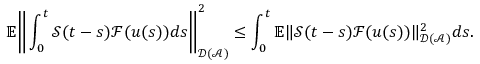
\mathbb { E } \Bigg \Vert \int _ { 0 } ^ { t } \mathcal { S } ( t - s ) \mathcal { F } ( u ( s ) ) d s \Bigg \Vert _ { \mathcal { D } ( \mathcal { A } ) } ^ { 2 } \leq \int _ { 0 } ^ { t } \mathbb { E } \Vert \mathcal { S } ( t - s ) \mathcal { F } ( u ( s ) ) \Vert _ { \mathcal { D } ( \mathcal { A } ) } ^ { 2 } d s .